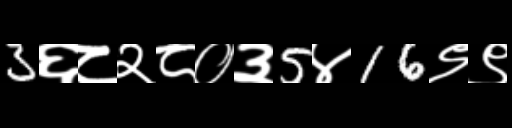
Text: 3६८२८०३5४16९९